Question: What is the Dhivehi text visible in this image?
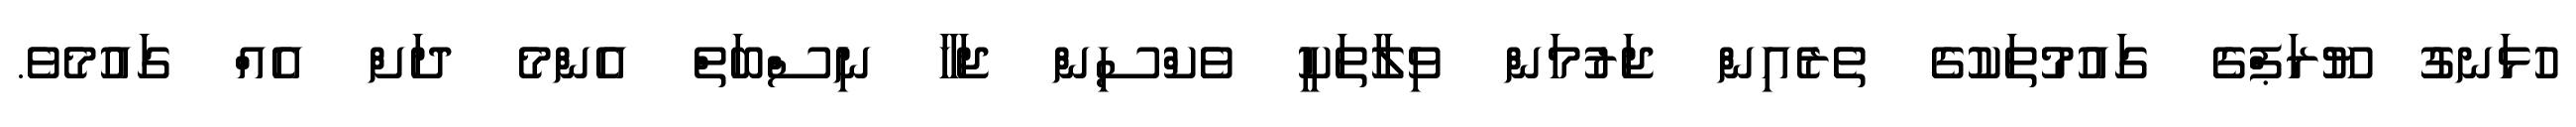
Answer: ހުޅަނގު ޔޫރަޕްގެ ގައުމުތަކުގެ ތެރެއިން ޖަރުމަން ވިލާތަކީ ވެކްސިން ޖަހާ ނިސްބަތް އެންމެ ދަށް އެއް ގައުމެވެ.